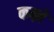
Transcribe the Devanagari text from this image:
कब्‍ज़े